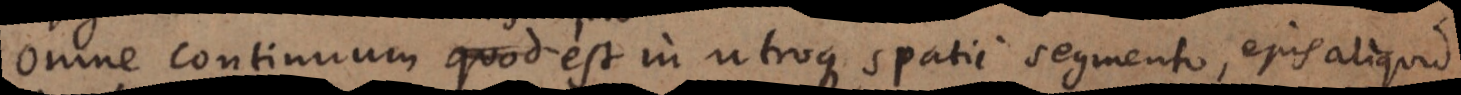
Omne continuum quod est in utroque spatii segmento, ejus aliquid